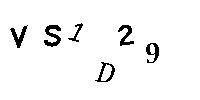
VS1D29